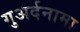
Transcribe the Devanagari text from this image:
गुअर्दनामा